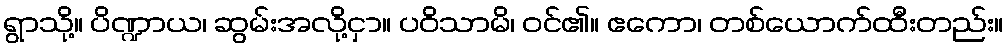
ရွာသို့။ ပိဏ္ဍာယ၊ ဆွမ်းအလို့ငှာ။ ပဝိသာမိ၊ ဝင်၏။ ဧကော၊ တစ်ယောက်ထီးတည်း။